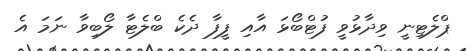
ޕްލެޓިނީ ވިދާޅުވީ ފުޓްބޯޅަ އާއި ފީފާ ދެކެ ބްލެޓާ ލޯބިވާ ނަމަ އެ